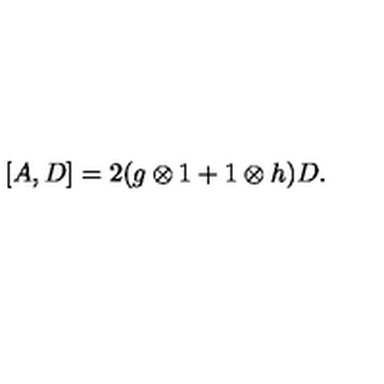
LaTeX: [ A , D ] = 2 ( g \otimes 1 + 1 \otimes h ) D .